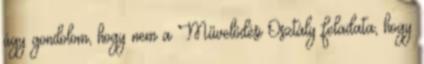
úgy gondolom, hogy nem a Művelődési Osztály feladata, hogy